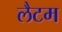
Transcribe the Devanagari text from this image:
लैटम